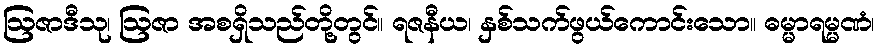
ဩဇာဒီသု၊ ဩဇာ အစရှိသည်တို့တွင်။ ရဇနီယ၊ နှစ်သက်ဖွယ်ကောင်းသော။ ဓမ္မာရမ္မဏံ၊